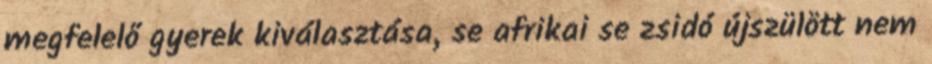
megfelelő gyerek kiválasztása, se afrikai se zsidó újszülött nem